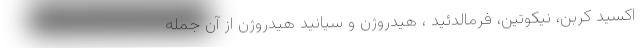
اکسید کربن، نیکوتین، فرمالدئید ، هیدروژن و سیانید هیدروژن از آن جمله